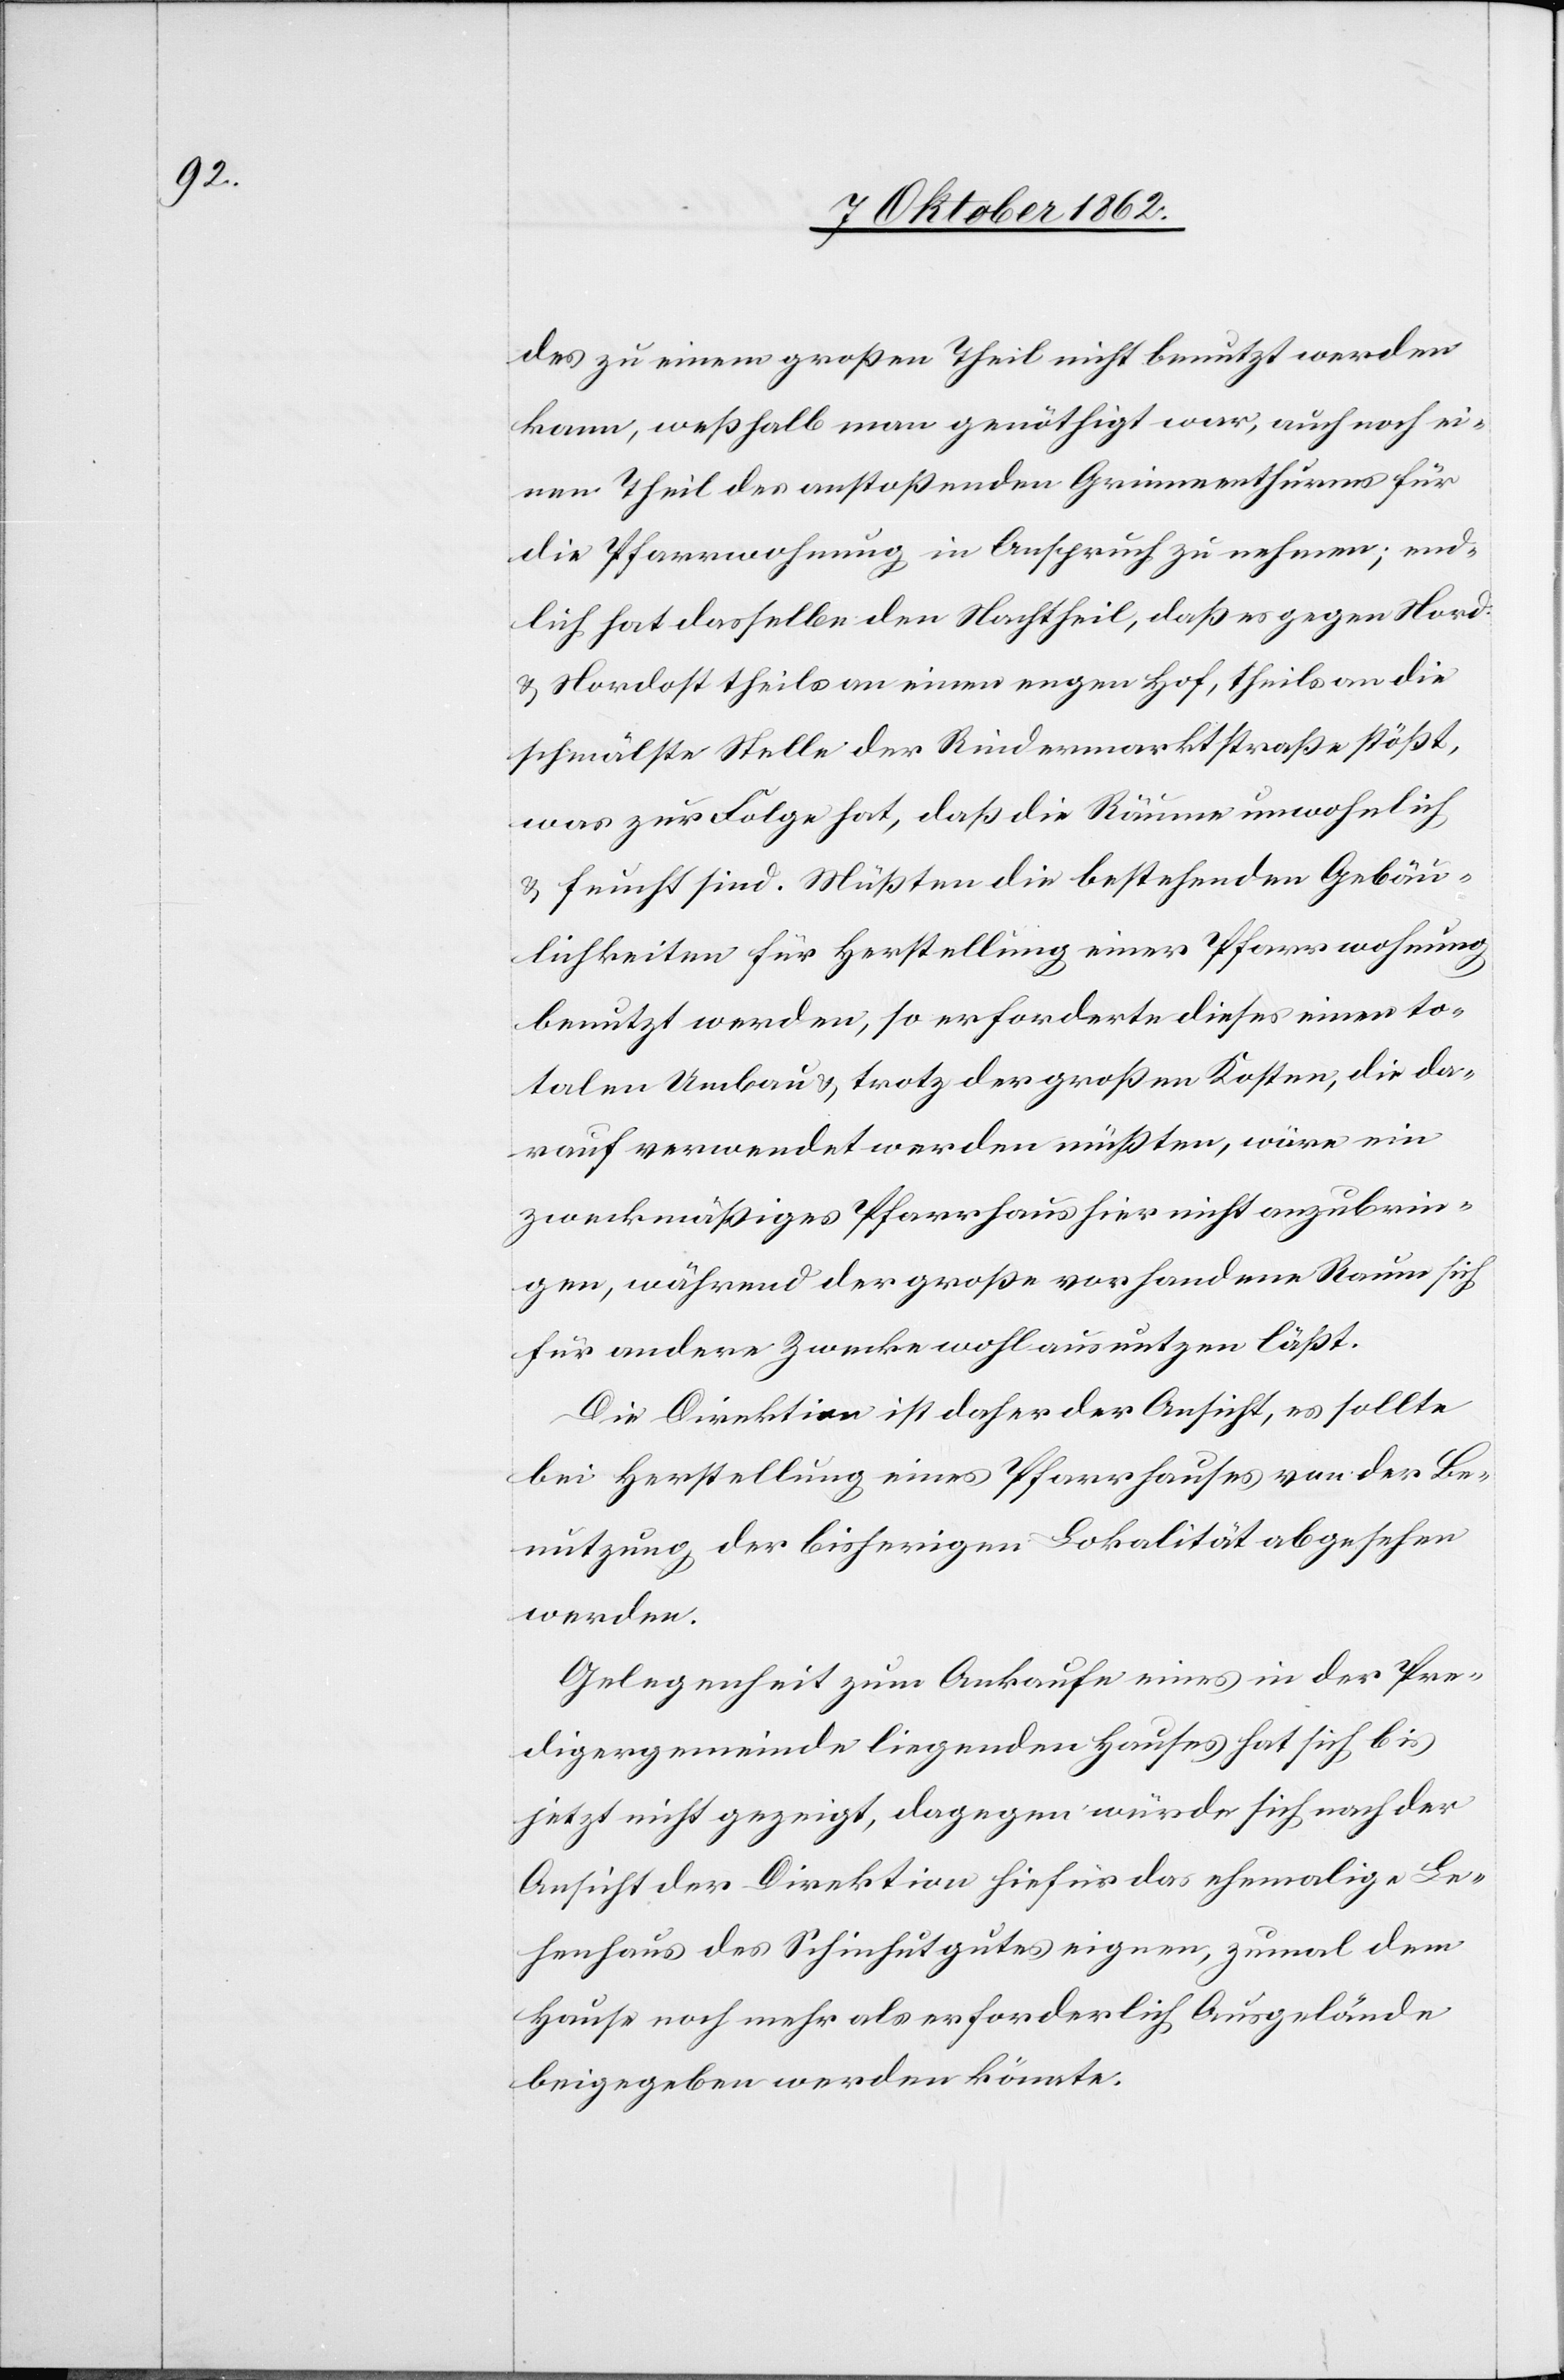
des zu einem großen Theil nicht benutzt werden
kann, weßhalb man genöthigt war, auch noch ei¬
nen Theil des anstoßenden Grinnenthurms für
die Pfarrwohnung in Anspruch zu nehmen, end¬
lich hat dasselbe den Nachtheil, daß es gegen Nord
u. Nordost theils an einen engen Hof, theils an die
schmälste Stelle der Rindermarktstraße stößt,
was zur Folge hat, daß die Räume unwohnlich
u. feucht sind. Mußten die bestehenden Gebäu¬
lichkeiten für Herstellung einer Pfarrwohnung
benutzt werden, so erforderte dieses einen to¬
talen Umbau u. trotz der großen Kosten, die da¬
rauf verwendet werden müßten, wäre ein
zweckmäßiges Pfarrhaus nicht anzubrin¬
gen, während der große vorhandene Raum sich
für andere Zwecke wohl ausnutzen läßt.
Die Direktion ist daher der Ansicht, es sollte
bei Herstellung eines Pfarrhauses von der Be¬
nutzung der bisherigen Lokalität abgesehen
werden.
Gelegenheit zum Ankauf eines in der Pre¬
digergemeinde liegenden Hauses hat sich bis
jetzt nicht gezeigt, dagegen würde sich nach der
Ansicht der Direktion hiefür das ehemalige Le¬
henhaus des Schinhutgutes eignen, zumal dem
Hause noch mehr als erforderlich Ausgelände
beigegeben werden könnte.